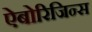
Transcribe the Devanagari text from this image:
ऐबोरिजिन्स